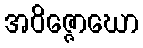
အဝိဇ္ဇောဃော